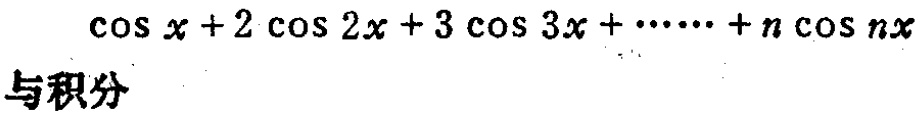
\(\cos x + 2\cos 2x + 3\cos 3x + \cdots + n\cos nx\)

与积分